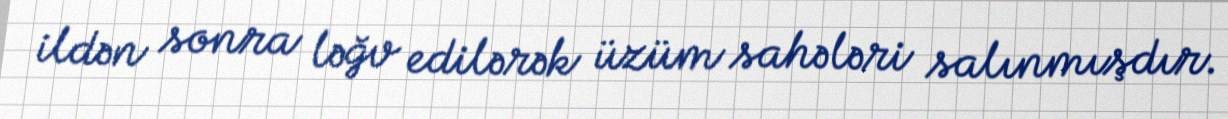
ildən sonra ləğv edilərək üzüm sahələri salınmışdır.